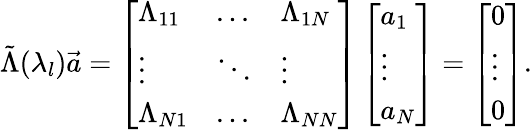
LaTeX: {\tilde{\Lambda}}(\lambda_{l}){\vec{a}}=\left[\begin{array}{lll}{\Lambda_{11}}&{...}&{\Lambda_{1N}}\\ {\vdots}&{\ddots}&{\vdots}\\ {\Lambda_{N1}}&{...}&{\Lambda_{NN}}\end{array}\right]\left[\begin{array}{l}{a_{1}}\\ {\vdots}\\ {a_{N}}\end{array}\right]=\left[\begin{array}{l}{0}\\ {\vdots}\\ {0}\end{array}\right].